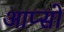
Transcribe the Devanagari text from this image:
आप्सो